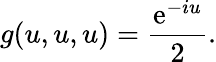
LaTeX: g(u,u,u)=\frac{\mathrm{e}^{-iu}}{2}.